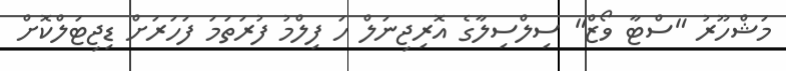
މަޝްހޫރު "ސްޓާ ވޯޒް" ސިލްސިލާގެ އޮރިޖިނަލް ހަ ފިލްމު ފުރަތަމަ ފަހަރަށް ޑިޖިޓަލްކޮށް